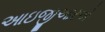
આઇજીઆરએ